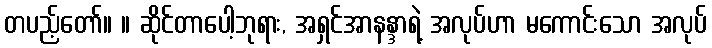
တပည့်တော်။ ။ ဆိုင်တာပေါ့ဘုရား, အရှင်အာနန္ဒာရဲ့ အလုပ်ဟာ မကောင်းသော အလုပ်